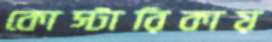
কোস্টারিকায়